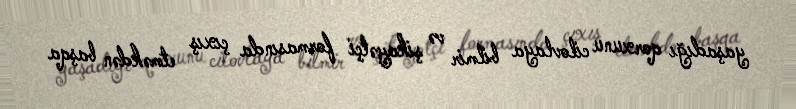
yaşadığı qorxunu cilovlaya bilmir və şikayətçi formasında çıxış etməkdən başqa